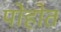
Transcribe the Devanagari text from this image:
पोहोत